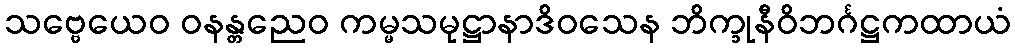
သဗ္ဗေယေဝ ဝနန္တညေဝ ကမ္မသမုဋ္ဌာနာဒိဝသေန ဘိက္ခုနီဝိဘင်္ဂဋ္ဌကထာယံ